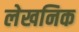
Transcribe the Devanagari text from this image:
लेखनिक